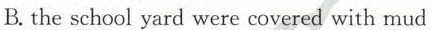
B.the school yard were covered with mud